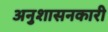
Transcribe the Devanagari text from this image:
अनुशासनकारी